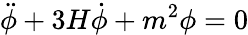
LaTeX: \ddot{\phi}+3H\dot{\phi}+m^{2}\phi=0